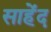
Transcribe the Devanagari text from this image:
साहेंद